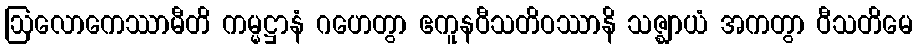
ဩလောကေဿာမီတိ ကမ္မဋ္ဌာနံ ဂဟေတွာ ဧကူနဝီသတိဝဿာနိ သဇ္ဈာယံ အကတွာ ဝီသတိမေ